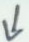
\downarrow